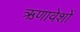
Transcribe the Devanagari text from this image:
ऋणावेशों